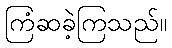
ကြံဆခဲ့ကြသည်။